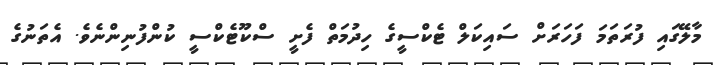
މާލޭގައި ފުރަތަމަ ފަހަރަށް ސައިކަލް ޓެކްސީގެ ހިދުމަތް ފެށީ ސްކޫޓެކްސީ ކުންފުނިންނެވެ. އެތަނުގެ